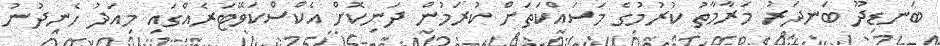
ބަނޑިދޫ ބަނދަރު މަރާމާތު ކުރުމުގެ މަސައްކަތަށް ކުރަމުން ދަނިކޮށް އެކްސްކަވޭޓަރެއްގައި މިއަދު ހެނދުނު